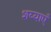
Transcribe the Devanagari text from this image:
शय्याएँ